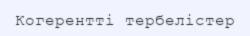
Когерентті тербелістер